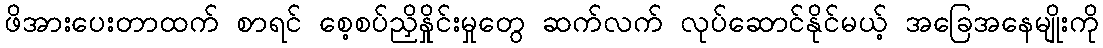
ဖိအားပေးတာထက် စာရင် စေ့စပ်ညှိနှိုင်းမှုတွေ ဆက်လက် လုပ်ဆောင်နိုင်မယ့် အခြေအနေမျိုးကို